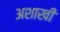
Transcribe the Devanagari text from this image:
अशाखी